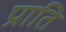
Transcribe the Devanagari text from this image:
प्राति